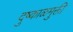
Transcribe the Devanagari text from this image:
दुष्काळमुक्ती